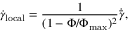
\dot { \gamma } _ { \mathrm { l o c a l } } = \frac { 1 } { ( 1 - \Phi / \Phi _ { \mathrm { m a x } } ) ^ { 2 } } \dot { \bar { \gamma } } ,